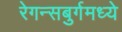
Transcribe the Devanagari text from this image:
रेगन्सबुर्गमध्ये